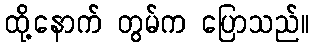
ထို့နောက် တွမ်က ပြောသည်။